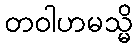
တဝါဟမသ္မိ